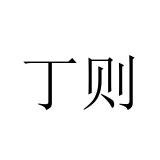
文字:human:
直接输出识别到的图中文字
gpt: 丁则